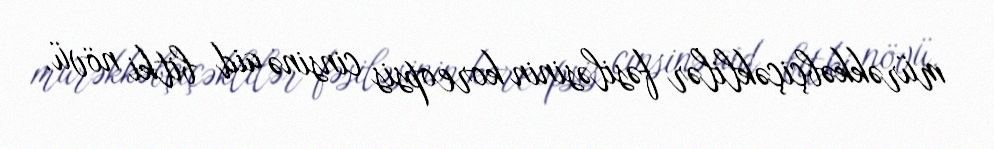
mürəkkəbçiçəklilər fəsiləsinin koreopsis cinsinə aid bitki növü.